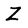
Character: Z